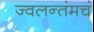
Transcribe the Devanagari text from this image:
ज्वलन्तंमचं